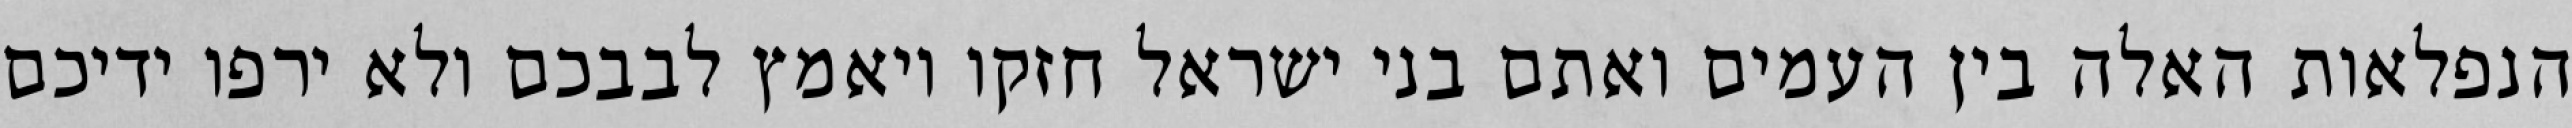
הנפלאות האלה בין העמים ואתם בני ישראל חזקו ויאמץ לבבכם ולא ירפו ידיכם